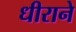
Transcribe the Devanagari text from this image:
धीराने